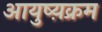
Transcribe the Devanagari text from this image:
आयुष्य़क्रम